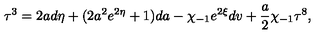
{ \bf \tau } ^ { 3 } = 2 a d \eta + ( 2 a ^ { 2 } e ^ { 2 \eta } + 1 ) d a - \chi _ { - 1 } e ^ { 2 \xi } d v + \frac { a } { 2 } \chi _ { - 1 } { \bf \tau } ^ { 8 } ,